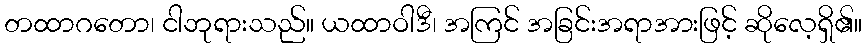
တထာဂတော၊ ငါဘုရားသည်။ ယထာဝါဒီ၊ အကြင် အခြင်းအရာအားဖြင့် ဆိုလေ့ရှိ၏။